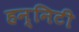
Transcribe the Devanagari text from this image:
हन्निटी